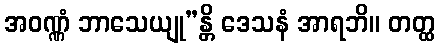
အဝဏ္ဏံ ဘာသေယျု”န္တိ ဒေသနံ အာရဘိ။ တတ္ထ